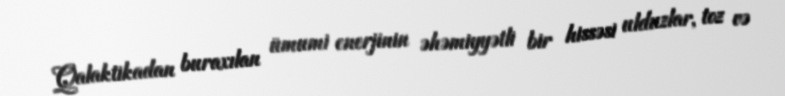
Qalaktikadan buraxılan ümumi enerjinin əhəmiyyətli bir hissəsi ulduzlar, toz və